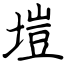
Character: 塏